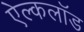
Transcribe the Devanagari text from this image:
ऐल्कलॉड